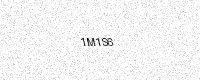
Text: 1M1S6